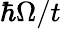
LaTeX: \hbar\Omega/t